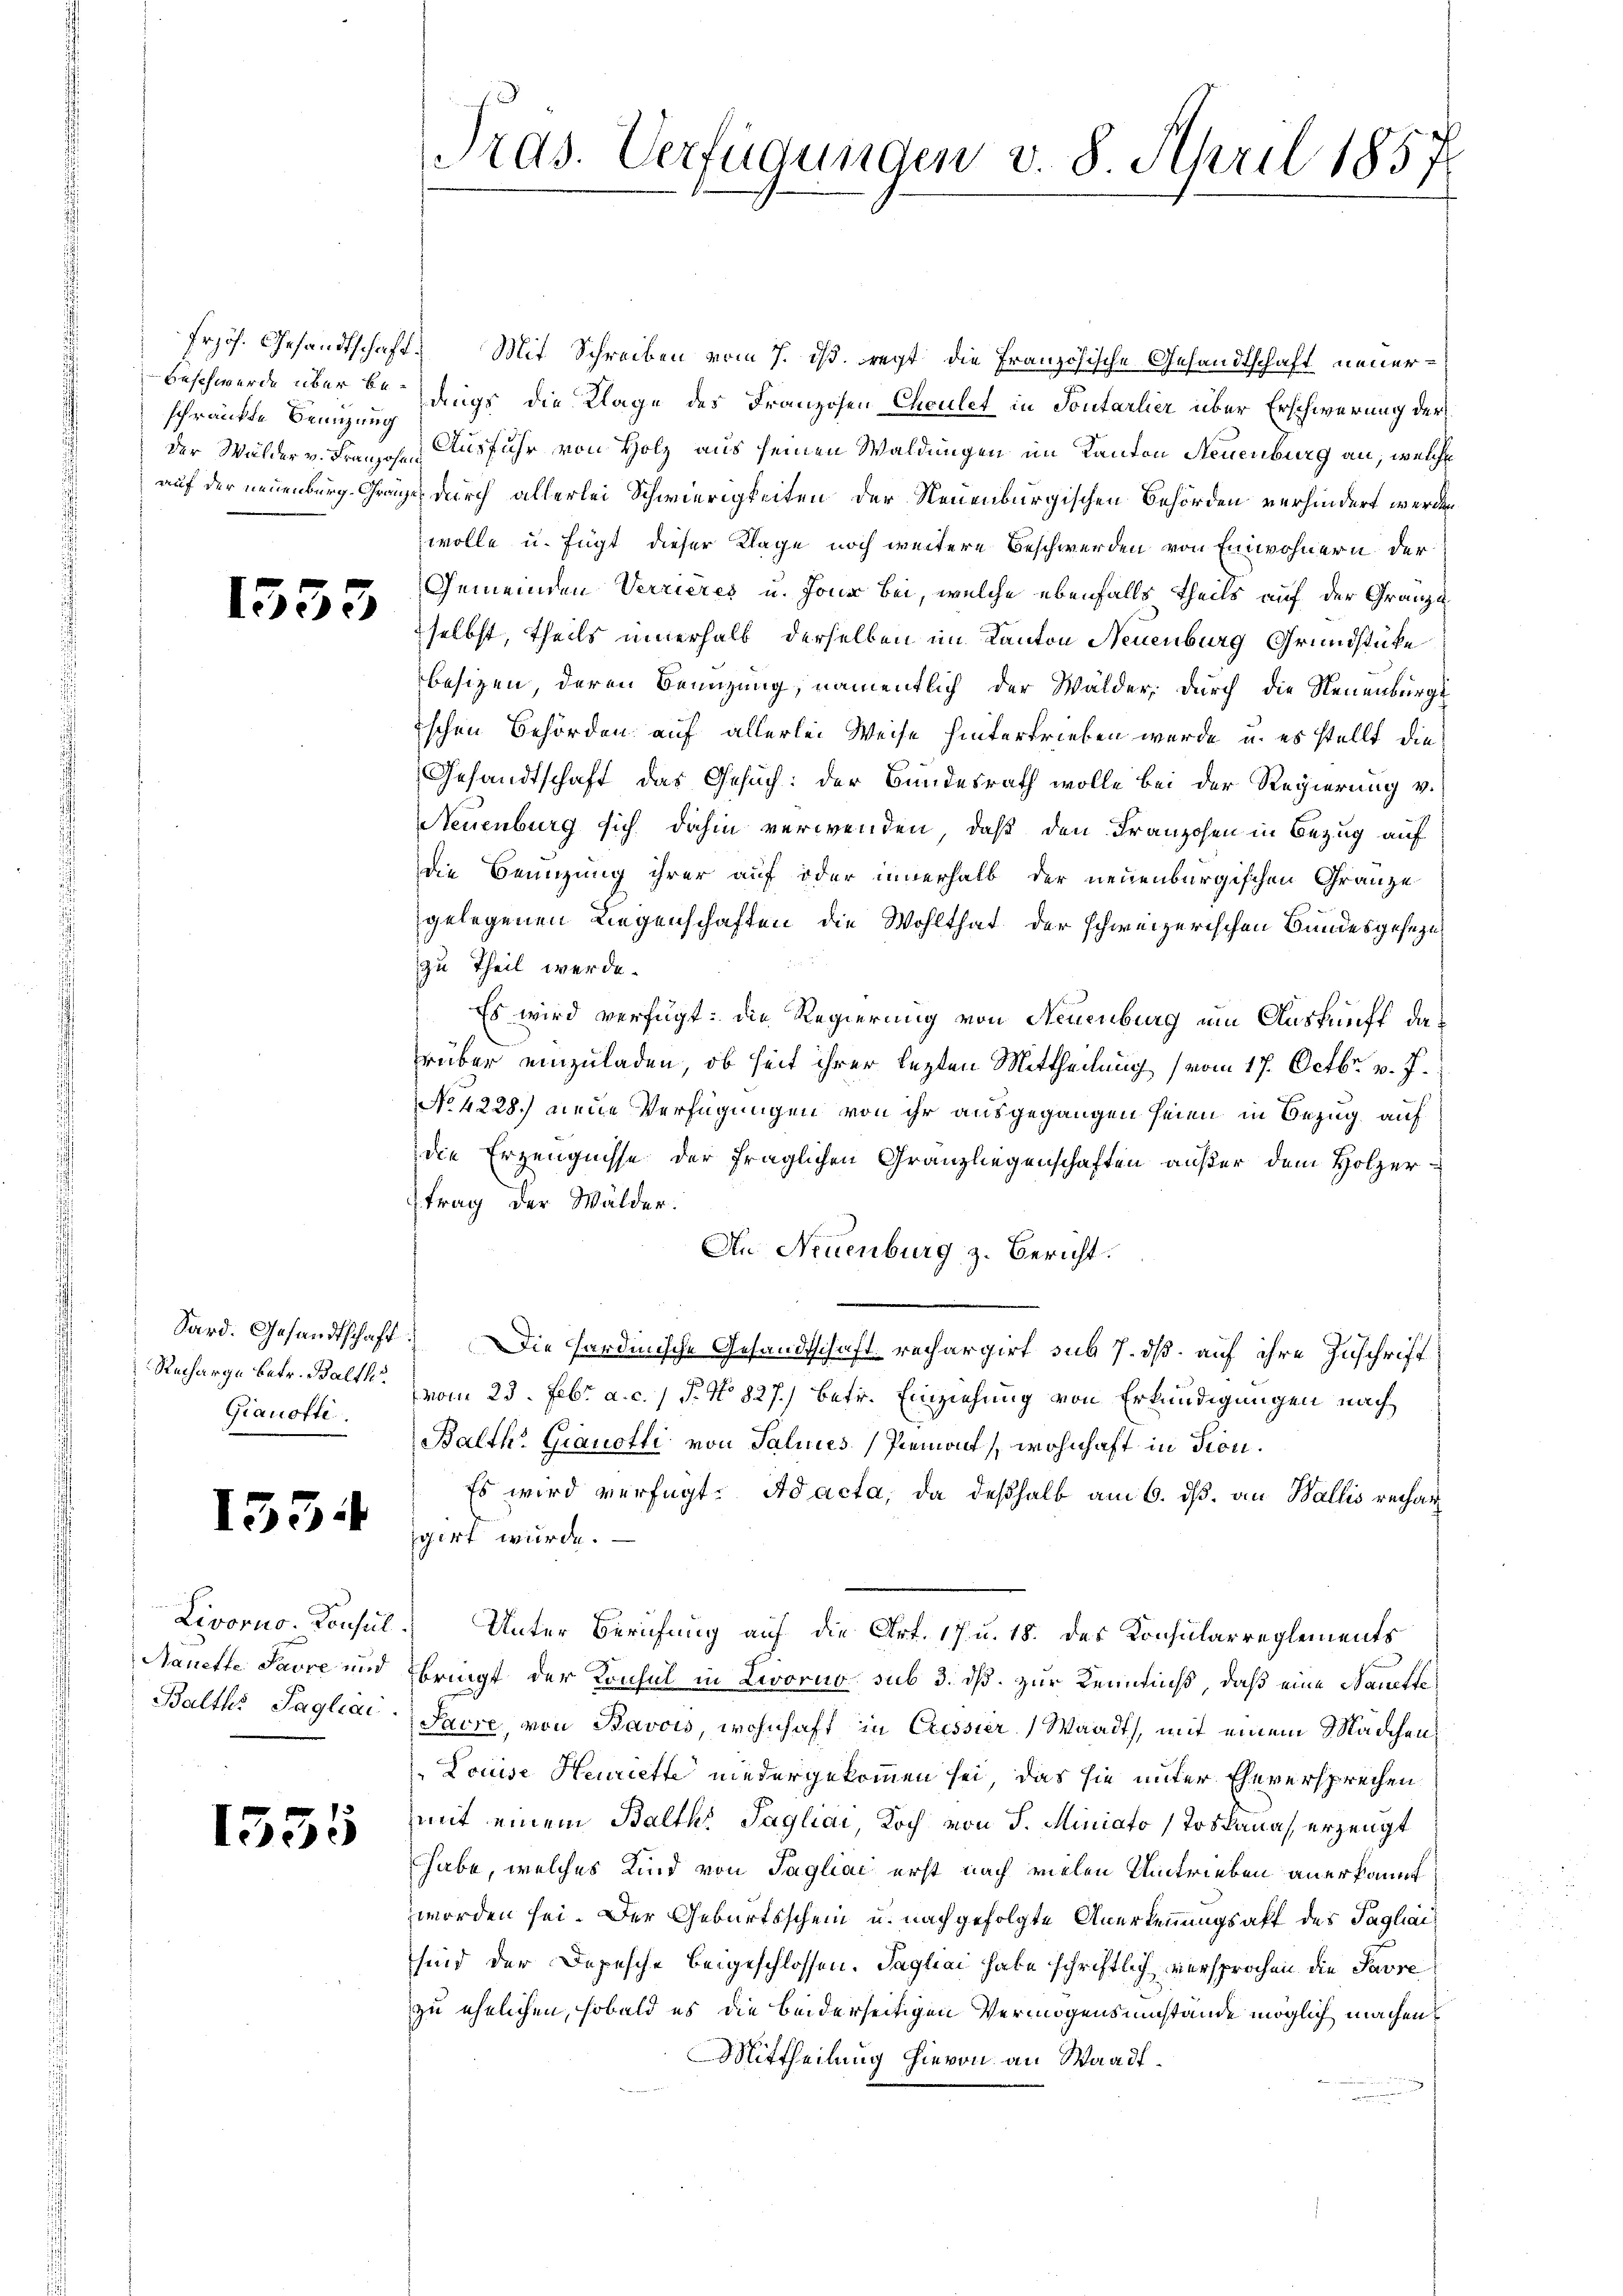
schränkte Benutzung

1555

Gianofte

1554

1535

Frjös. Gesandtschaft. Mit Schreiben vom 7. ds. regt die Französische Gesandtschaft neuer¬
Beschwerde über de langs die Klage des Franzosen Chculet in Sontarlier über Erschwerung der
der Wälder v. Franzosen Ausfuhr von Holz aus seinen Waldungen im Kanton Neuenburg an, welche
auf der neuenburg Grazze durch allerlei Schwierigkeiten der Neuenburgischen Behörden verhindert werden
wolle u. fügt dieser Klage noch weitere Beschwerden von Einwohnern der
Gemeinden Verrieres u. Jone bei, welche ebenfalls theils auf der Gränze
selbst, theils innerhalb derselben im Kanton Neuenburg Grundstücke
besizen, deren Benuzung, namentlich der Wälder, durch die Neuenburg
ischen Behörden auf allerlei Weise hintertrieben wurde, u. es stellt die
Gesandtschaft das Gesuch: der Bundesrath wolle bei der Regierung v.
Neuenburg sich dahin verwenden, daß den Franzosen in Bezug auf
die Benuzung ihrer auf oder innerhalb der neuenburgischen Gränze
gelegenen Liegenschaften die Wohlthat der schweizerischen Bundesgesezes
zu Theil werde.
Es wird verfügt: die Regierung von Neuenburg um Auskunft darüber einzuladen, ob seit ihrer lezten Mittheilung (vom 17. Octbr. v. J.
No 4228) neue Verfügungen von ihr ausgegangen seien in Bezug auf
die Erzeugnisse der fraglichen Granz liegenschaften außer dem Holzer-
trag der Wälder.
An Neuenburg z. Bericht.
Sard. Gesandtschaft. Die Fardinische Gesandtschaft rechargirt sub 7. dß auf ihre Zuschrift
Recharge betr. Balth. vom 23. Febr. a. c. 1 P. No 827.) betr. Einziehung von Erkundigungen nach
Balth. Grauotti von Salines Piemont, wohnhaft in Fron¬
Es wird verfügt: Ad acta, da deßhalb am 6. ds. an Wallis rechar
igirt wurde.
Livorno. Konsul. Unter Berufung auf die Art. 17 u. 18. des Konsularreglements
Nanette Savre und bringt der Konsul in Livorno sub 3. dß. zur Kennniß, daß eine Nanette
Balths Tagliar Sacre, von Bavois, wohnhaft in Cressier Waadt, mit einem Mädchen
Louise Henriette niedergekommen sei, das sie unter Eheversprechen
mit einem Balth. Tagliai, Koch von J. Miniato (Toskanas erzeugt
habe, welches Kind von Tagliai erst nach vielen Umtrieben anerkannt
worden sei. Der Geburtsschein u. nachgefolgte Anerkennungsakt des Taghaisind der Depesche beigeschlossen. Tagliai habe schriftlich versprochen die Pavre
zu ehelichen, sobald es die beiderseitigen Vermögensumstände möglich machen
Mittheilung hievon an Waadt

Tras. Verfügungen v. 8. April 1857